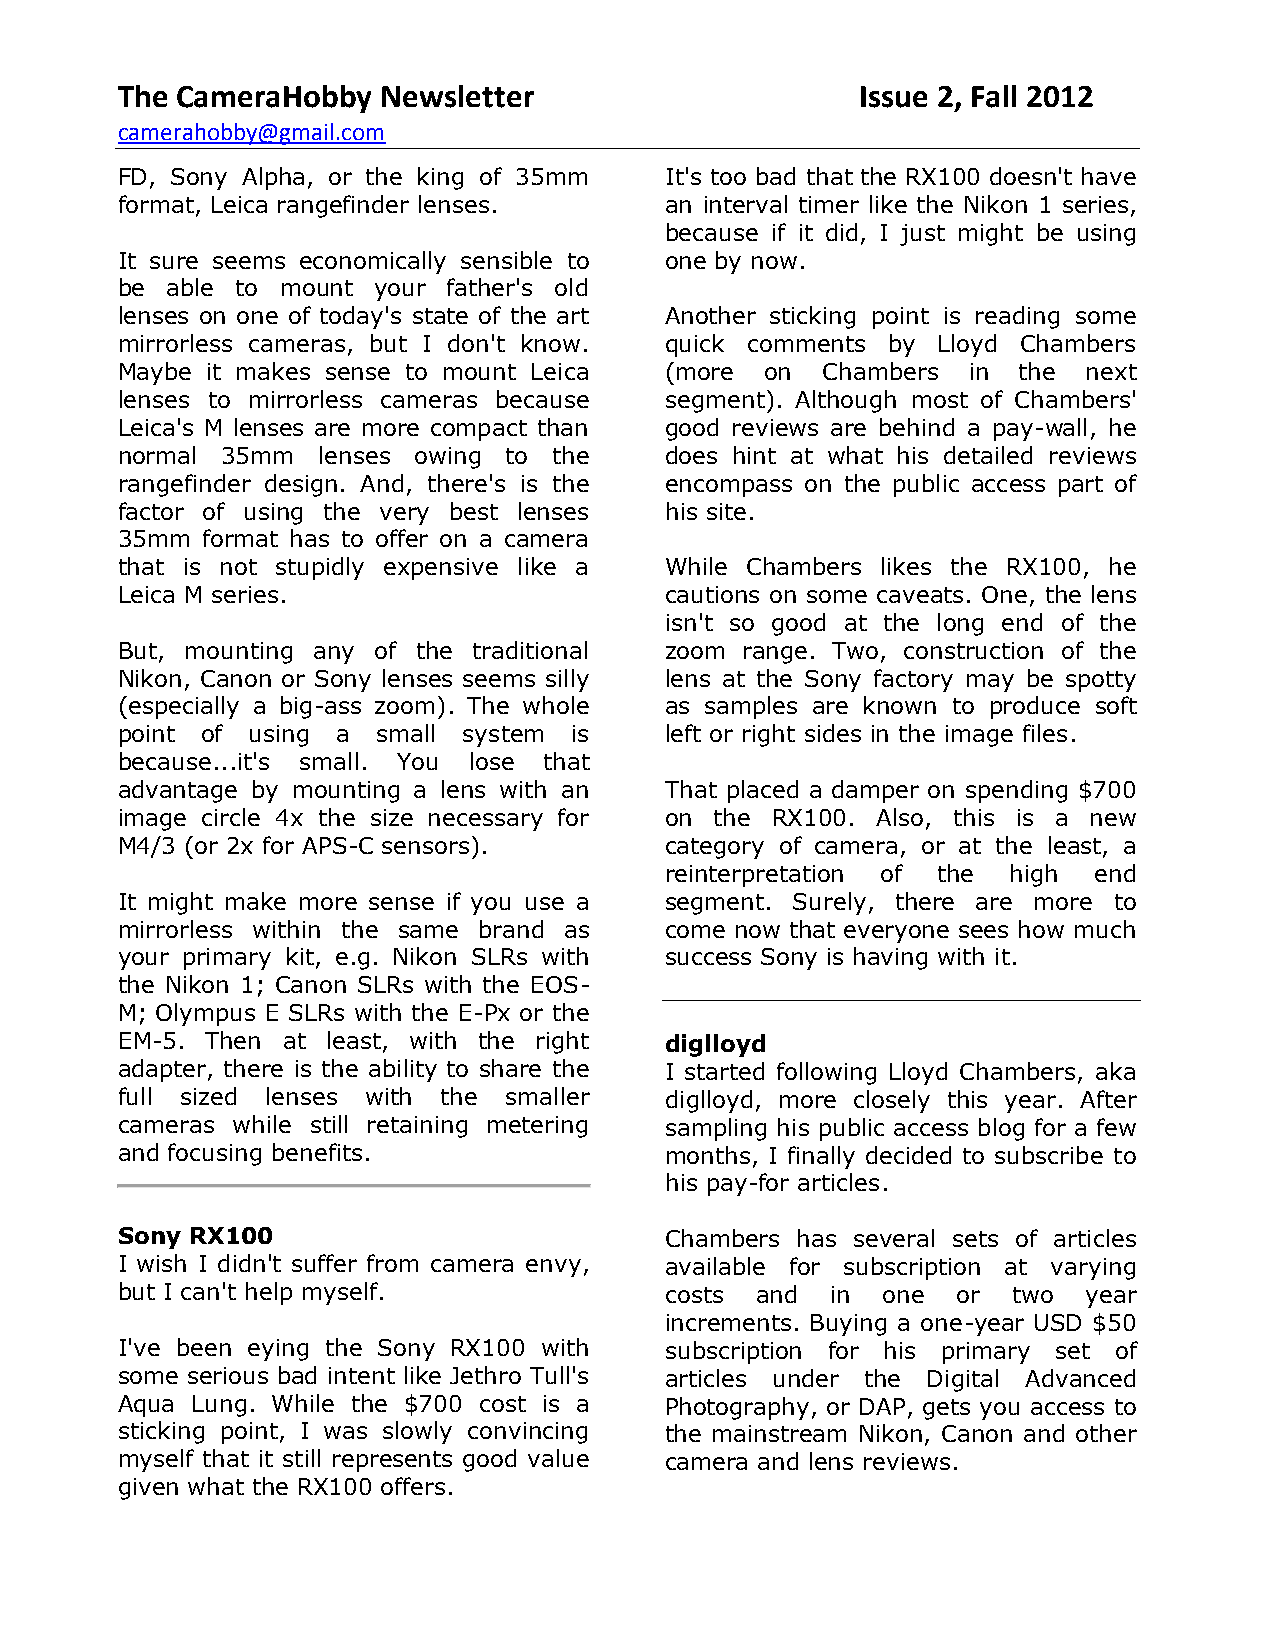
The CameraHobby  Newsletter                      Issue 2, Fall 2012
 camerahobby@gmail.com
 FD, Sony Alpha, or the king of 35mm It's too bad that the RX100 doesn't have
 format, Leica rangefinder lenses.   an interval timer like the Nikon 1 series,
 because if it did, I just might be using
 It sure seems economically sensible to one by now.
 be able to mount your father's old
 lenses on one of today's state of the art Another sticking point is reading some
 mirrorless cameras, but I don't know. quick comments by Lloyd Chambers
 Maybe it makes sense to mount Leica (more  on Chambers  in the  next
 lenses to mirrorless cameras because segment). Although most of Chambers'
 Leica's M lenses are more compact than good reviews are behind a pay-wall, he
 normal 35mm  lenses owing to the    does hint at what his detailed reviews
 rangefinder design. And, there's is the encompass on the public access part of
 factor of using the very best lenses his site.
 35mm format has to offer on a camera
 that is not stupidly expensive like a While Chambers likes the RX100, he
 Leica M series.                     cautions on some caveats. One, the lens
 isn't so good at the long end of the
 But, mounting any of the traditional zoom range. Two, construction of the
 Nikon, Canon or Sony lenses seems silly lens at the Sony factory may be spotty
 (especially a big-ass zoom). The whole as samples are known to produce soft
 point of using a small system is    left or right sides in the image files.
 because...it's small. You lose that
 advantage by mounting a lens with an That placed a damper on spending $700
 image circle 4x the size necessary for on the RX100. Also, this is a new
 M4/3 (or 2x for APS-C sensors).     category of camera, or at the least, a
 reinterpretation of the high end
 It might make more sense if you use a segment. Surely, there are more to
 mirrorless within the same brand as come now that everyone sees how much
 your primary kit, e.g. Nikon SLRs with success Sony is having with it.
 the Nikon 1; Canon SLRs with the EOS-
 M; Olympus E SLRs with the E-Px or the
 EM-5. Then at least, with the right diglloyd
 adapter, there is the ability to share the I started following Lloyd Chambers, aka
 full sized lenses with the smaller  diglloyd, more closely this year. After
 cameras while still retaining metering sampling his public access blog for a few
 and focusing benefits.              months, I finally decided to subscribe to
 his pay-for articles.
 Sony RX100                          Chambers has several sets of articles
 I wish I didn't suffer from camera envy, available for subscription at varying
 but I can't help myself.            costs and  in one  or  two  year
 increments. Buying a one-year USD $50
 I've been eying the Sony RX100 with subscription for his primary set of
 some serious bad intent like Jethro Tull's articles under the Digital Advanced
 Aqua Lung. While the $700 cost is a Photography, or DAP, gets you access to
 sticking point, I was slowly convincing the mainstream Nikon, Canon and other
 myself that it still represents good value camera and lens reviews.
 given what the RX100 offers.